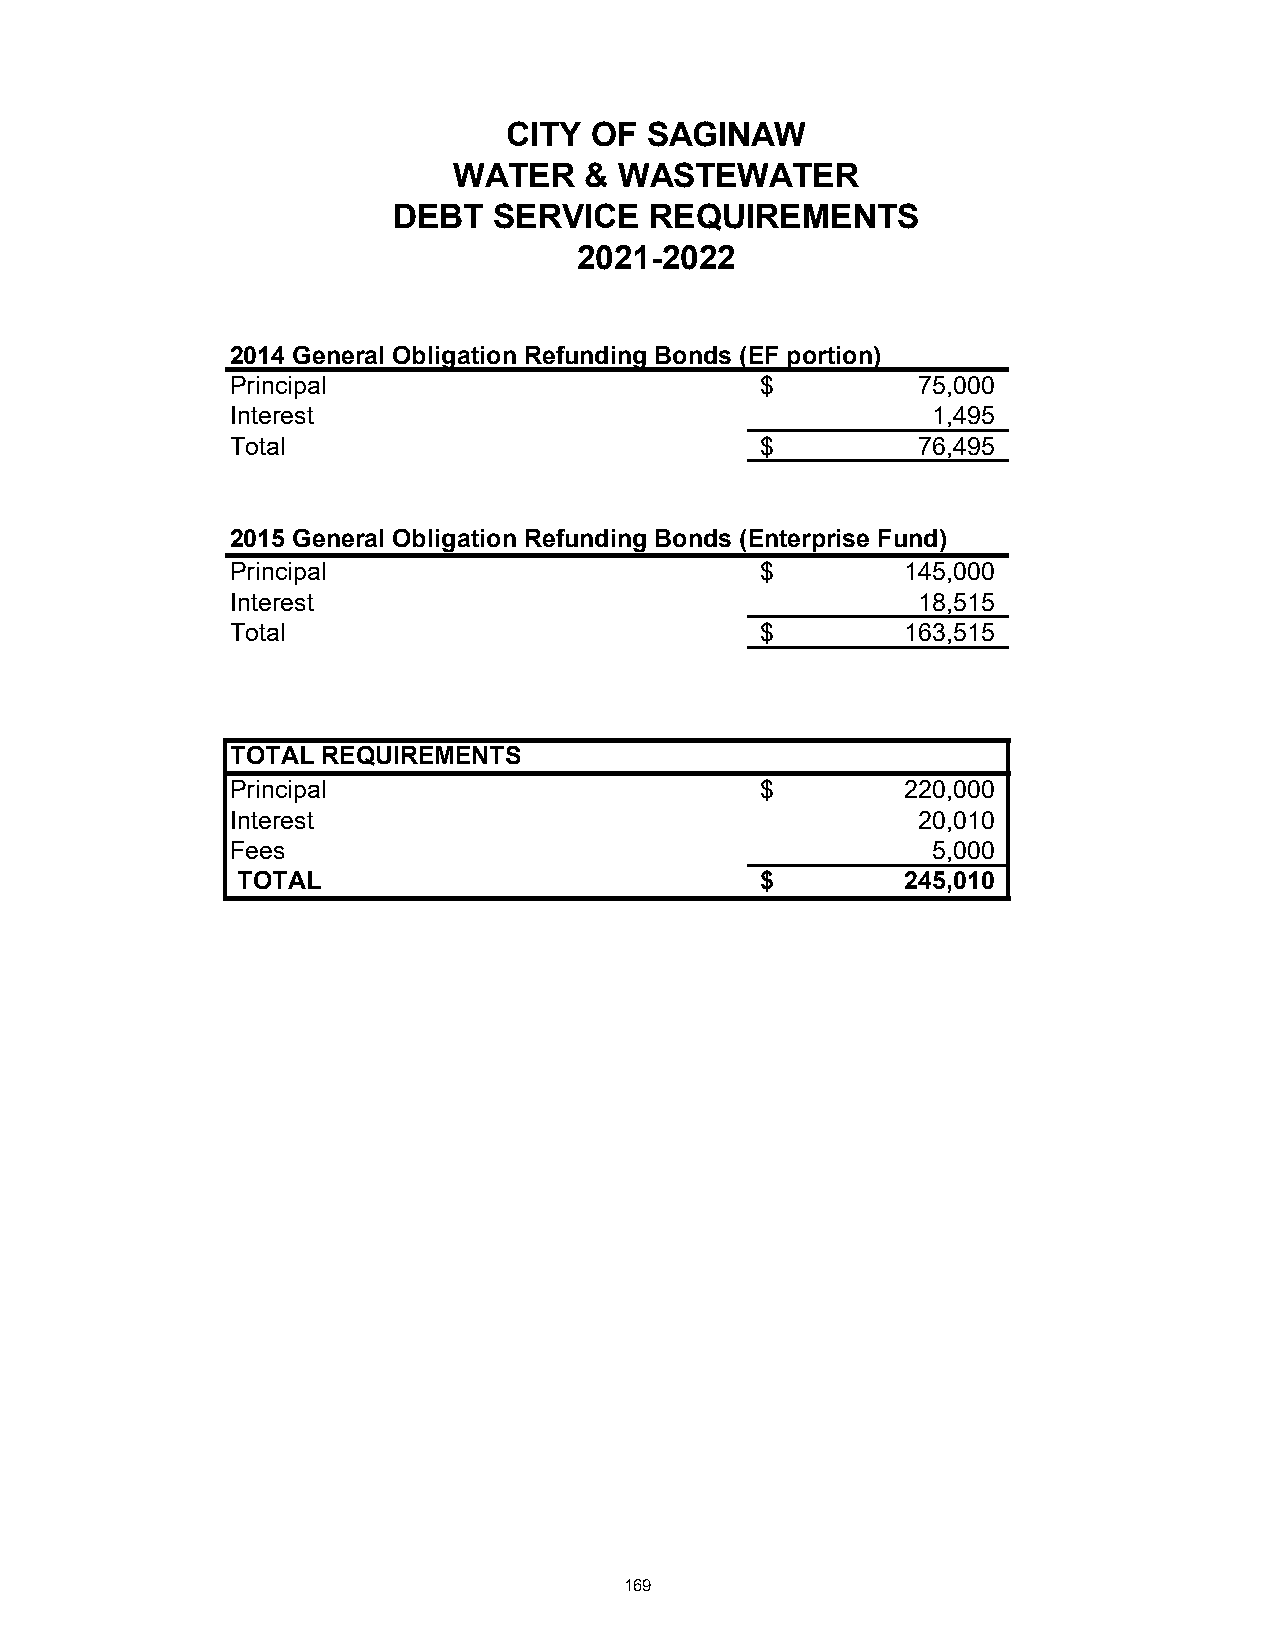
CITY  OF  SAGINAW
 WATER    & WASTEWATER
 DEBT   SERVICE   REQUIREMENTS
 2021-2022
 2014 General Obligation Refunding Bonds (EF portion)
 Principal                          $          75,000
 Interest                                       1,495
 Total                              $          76,495
 2015 General Obligation Refunding Bonds (Enterprise Fund)
 Principal                          $         145,000
 Interest                                      18,515
 Total                              $         163,515
 TOTAL REQUIREMENTS
 Principal                          $         220,000
 Interest                                      20,010
 Fees                                           5,000
 TOTAL                             $         245,010
 169